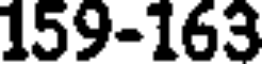
159-163